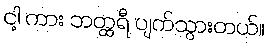
ငါ့ ကား ဘတ္ထရီ ပျက်သွားတယ်။